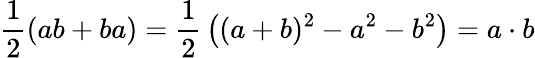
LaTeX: {\frac{1}{2}}(ab+ba)={\frac{1}{2}}\left((a+b)^{2}-a^{2}-b^{2}\right)=a\cdot b